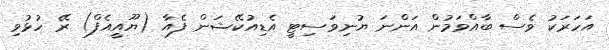
އަހަރަކު ވެސް ބާއްވަމުން އަންނަ ޔުނިވަސިޓީ އެޑިއުކޭޝަން ފެއާ (ޔޫއީއެފް) ރޭ ހުޅުވި